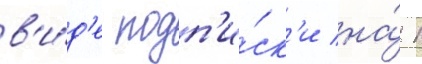
в'и́д'е подп'и́ск'и на́ 1